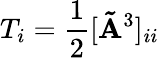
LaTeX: T_{i}=\frac{1}{2}[\mathbf{\tilde{A}}^{3}]_{ii}